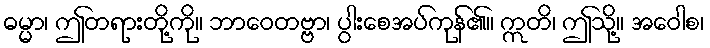
ဓမ္မာ၊ ဤတရားတို့ကို။ ဘာဝေတဗ္ဗာ၊ ပွါးစေအပ်ကုန်၏။ ဣတိ၊ ဤသို့။ အဝေါစ၊